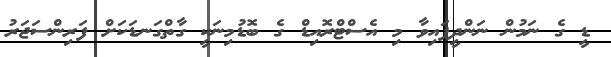
ޑީ ގެ ނަމުން ނަންދީފައިވާ މި އެސްޓްރޮއިޑް ގެ ބޮޑުމިނަކީ ގާތްގަނޑަކަށް ފަރިންސަޖަރު